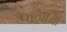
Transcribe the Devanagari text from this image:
पाणीचा